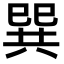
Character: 巽